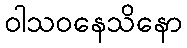
ဝါသဝနေသိနော